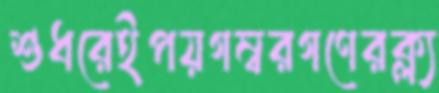
শুধরেইপয়গম্বরগণেরক্ল্য